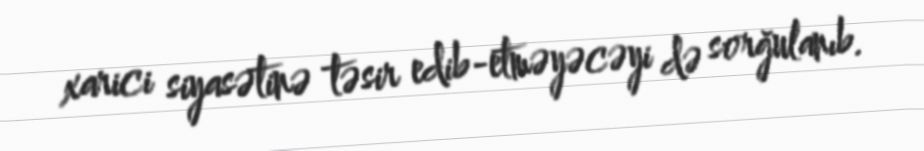
xarici siyasətinə təsir edib-etməyəcəyi də sorğulanıb.